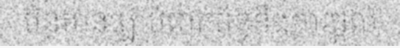
មិនមានច្បាប់ពាក់ព័ន្ធនឹងការផ្តល់